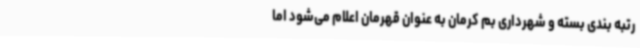
رتبه بندی بسته و شهرداری بم کرمان به عنوان قهرمان اعلام می‌شود اما